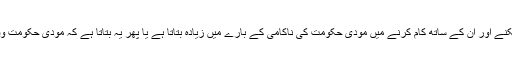
یہ غیر واضح ہے کہ یہ باصلاحیت باہری امیدواروں پر یقین کر سکنے اور ان کے ساتھ کام کرنے میں مودی حکومت کی ناکامی کے بارے میں زیادہ بتاتا ہے یا پھر یہ بتاتا ہے کہ مودی حکومت وفا دار محنتی نوکرشاہ کے زیادہ عملی اختیارات کو اہمیت دیتی ہے۔